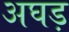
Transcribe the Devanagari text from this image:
अघड़